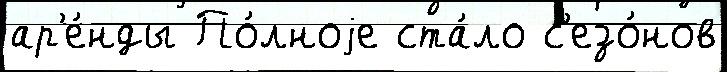
ар'е́нды По́лноjе ста́ло с'езо́нов